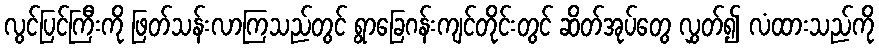
လွင်ပြင်ကြီးကို ဖြတ်သန်းလာကြသည်တွင် ရွာခြေဂန်းကျင်တိုင်းတွင် ဆိတ်အုပ်တွေ လွှတ်၍ လံထားသည်ကို